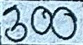
300